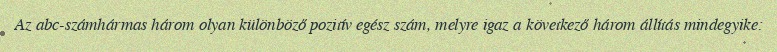
Az abc-számhármas három olyan különböző pozitív egész szám, melyre igaz a következő három állítás mindegyike: